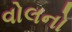
વોલનો